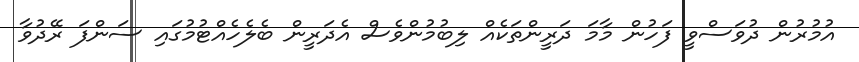
އުމުރުން ދުވަސްވީ ފަހުން މާމަ ދަރީންތަކެއް ލިބުމުންވެސް އެދަރީން ބެލެހެއްޓުމުގައި ސަންފަ ރޭދުވާ